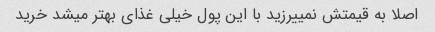
اصلا به قیمتش نمییرزید با این پول خیلی غذای بهتر میشد خرید